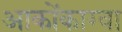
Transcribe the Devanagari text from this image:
आकोंकाग्वा